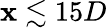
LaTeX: \mathbf{x}\lesssim15D